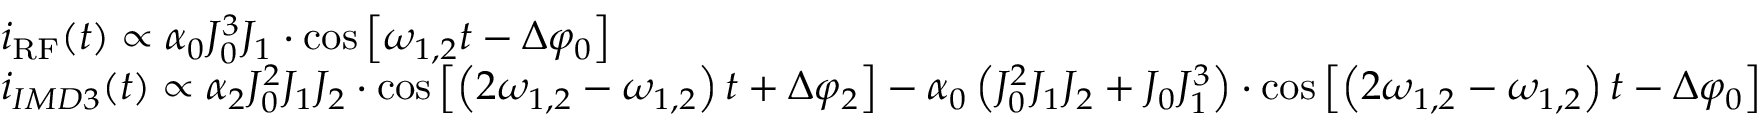
\begin{array} { r l } & { i _ { \mathrm { R F } } ( t ) \propto \alpha _ { 0 } J _ { 0 } ^ { 3 } J _ { 1 } \cdot \cos \left[ \omega _ { 1 , 2 } t - \Delta \varphi _ { 0 } \right] } \\ & { i _ { I M D 3 } ( t ) \propto \alpha _ { 2 } J _ { 0 } ^ { 2 } J _ { 1 } J _ { 2 } \cdot \cos \left[ \left( 2 \omega _ { 1 , 2 } - \omega _ { 1 , 2 } \right) t + \Delta \varphi _ { 2 } \right] - \alpha _ { 0 } \left( J _ { 0 } ^ { 2 } J _ { 1 } J _ { 2 } + J _ { 0 } J _ { 1 } ^ { 3 } \right) \cdot \cos \left[ \left( 2 \omega _ { 1 , 2 } - \omega _ { 1 , 2 } \right) t - \Delta \varphi _ { 0 } \right] } \end{array}